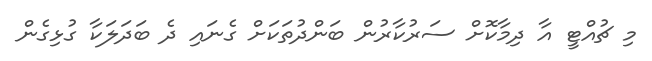
މި ޗުއްޓީ އާ ދިމާކޮށް ސަރުކާރުން ބަންދުތަކަށް ގެނައި ދެ ބަދަލަަކާ ގުޅިގެން